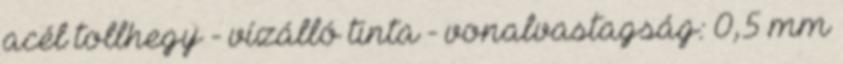
acél tollhegy - vízálló tinta - vonalvastagság: 0,5 mm